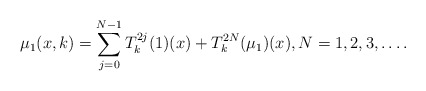
\begin{align*} \mu _1 (x,k) = \sum _{ j = 0 } ^ { N-1} T_k ^ { 2j } ( 1) ( x) + T _ k ^ { 2N } ( \mu _1 ) (x), N = 1, 2, 3, \dots .\end{align*}